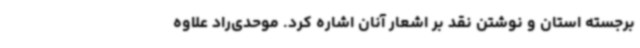
برجسته استان و نوشتن نقد بر اشعار آنان اشاره کرد. موحدی‌راد علاوه